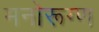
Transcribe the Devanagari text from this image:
मनोरूग्ण